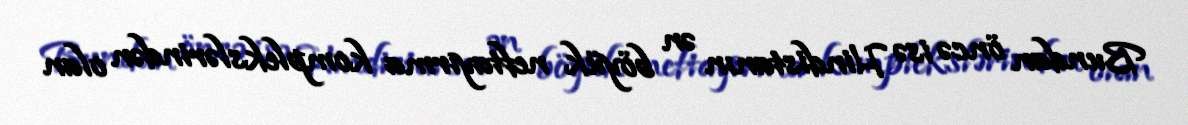
Bundan öncə isə Hindistanın ən böyük neftayırma komplekslərindən olan